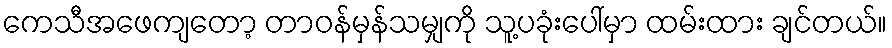
ကေသီအဖေကျတော့ တာဝန်မှန်သမျှကို သူ့ပခုံးပေါ်မှာ ထမ်းထား ချင်တယ်။